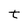
Character: t